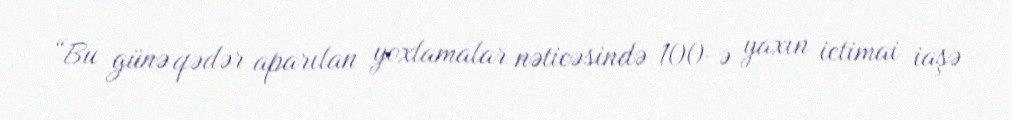
“Bu günə qədər aparılan yoxlamalar nəticəsində 100-ə yaxın ictimai iaşə